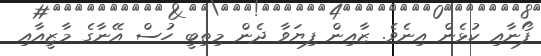
ފޯނާއި ކުޅެން އިނެވެ. ޒާއިން ފިޔަވާ ދެން މިތިބީ ހުސް އޭނާގެ މާޒީއާއި